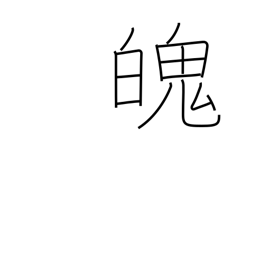
Meaning: soul